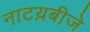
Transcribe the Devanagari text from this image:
नाटय़बीजे